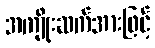
အကျိုးဆက်အားဖြင့်